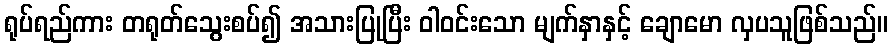
ရုပ်ရည်ကား တရုတ်သွေးစပ်၍ အသားပြုပြီး ဝါဝင်းသော မျက်နှာနှင့် ချောမော လှပသူဖြစ်သည်။